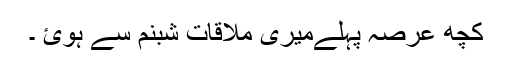
کچھ عرصہ پہلےمیری ملاقات شبنم سے ہوئ ۔